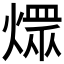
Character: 𤎏